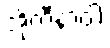
အိုကီနာဝါ